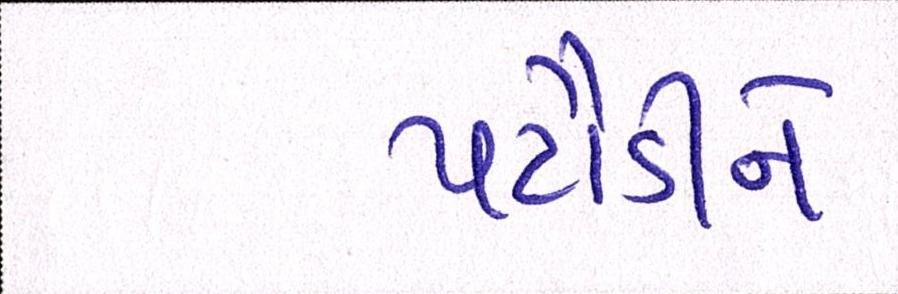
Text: પટૌડીને